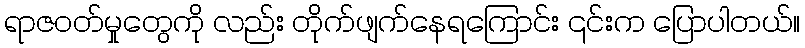
ရာဇဝတ်မှုတွေကို လည်း တိုက်ဖျက်နေရကြောင်း ၎င်းက ပြောပါတယ်။